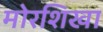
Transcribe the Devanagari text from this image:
मोरशिखा